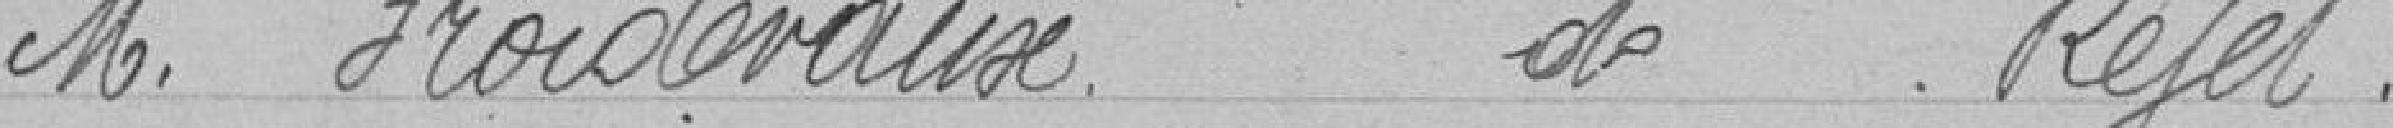
M. Froidevaux de rejet.